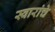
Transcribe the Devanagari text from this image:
स्वारांचे